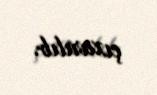
çıxarılıb.